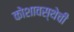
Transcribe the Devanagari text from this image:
कोशावस्थेची